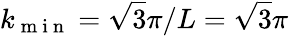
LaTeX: k_{\mathrm{~m~i~n~}}=\sqrt{3}\pi/L=\sqrt{3}\pi